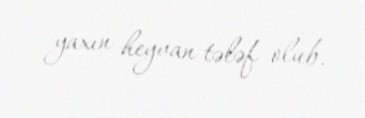
yaxın heyvan tələf olub.